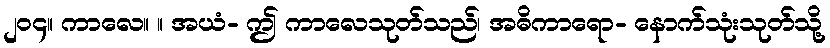
၂၀၄။ ကာလေ။ ။ အယံ- ဤ ကာလေသုတ်သည်၊ အဓိကာရော- နောက်သုံးသုတ်သို့